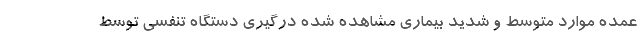
عمده موارد متوسط و شدید بیماری مشاهده شده درگیری دستگاه تنفسی توسط